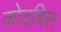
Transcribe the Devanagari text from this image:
कोडबिल